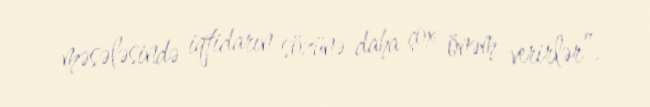
məsələsində iqtidarın sözünə daha çox önəm verirlər”.